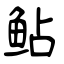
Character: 鲇